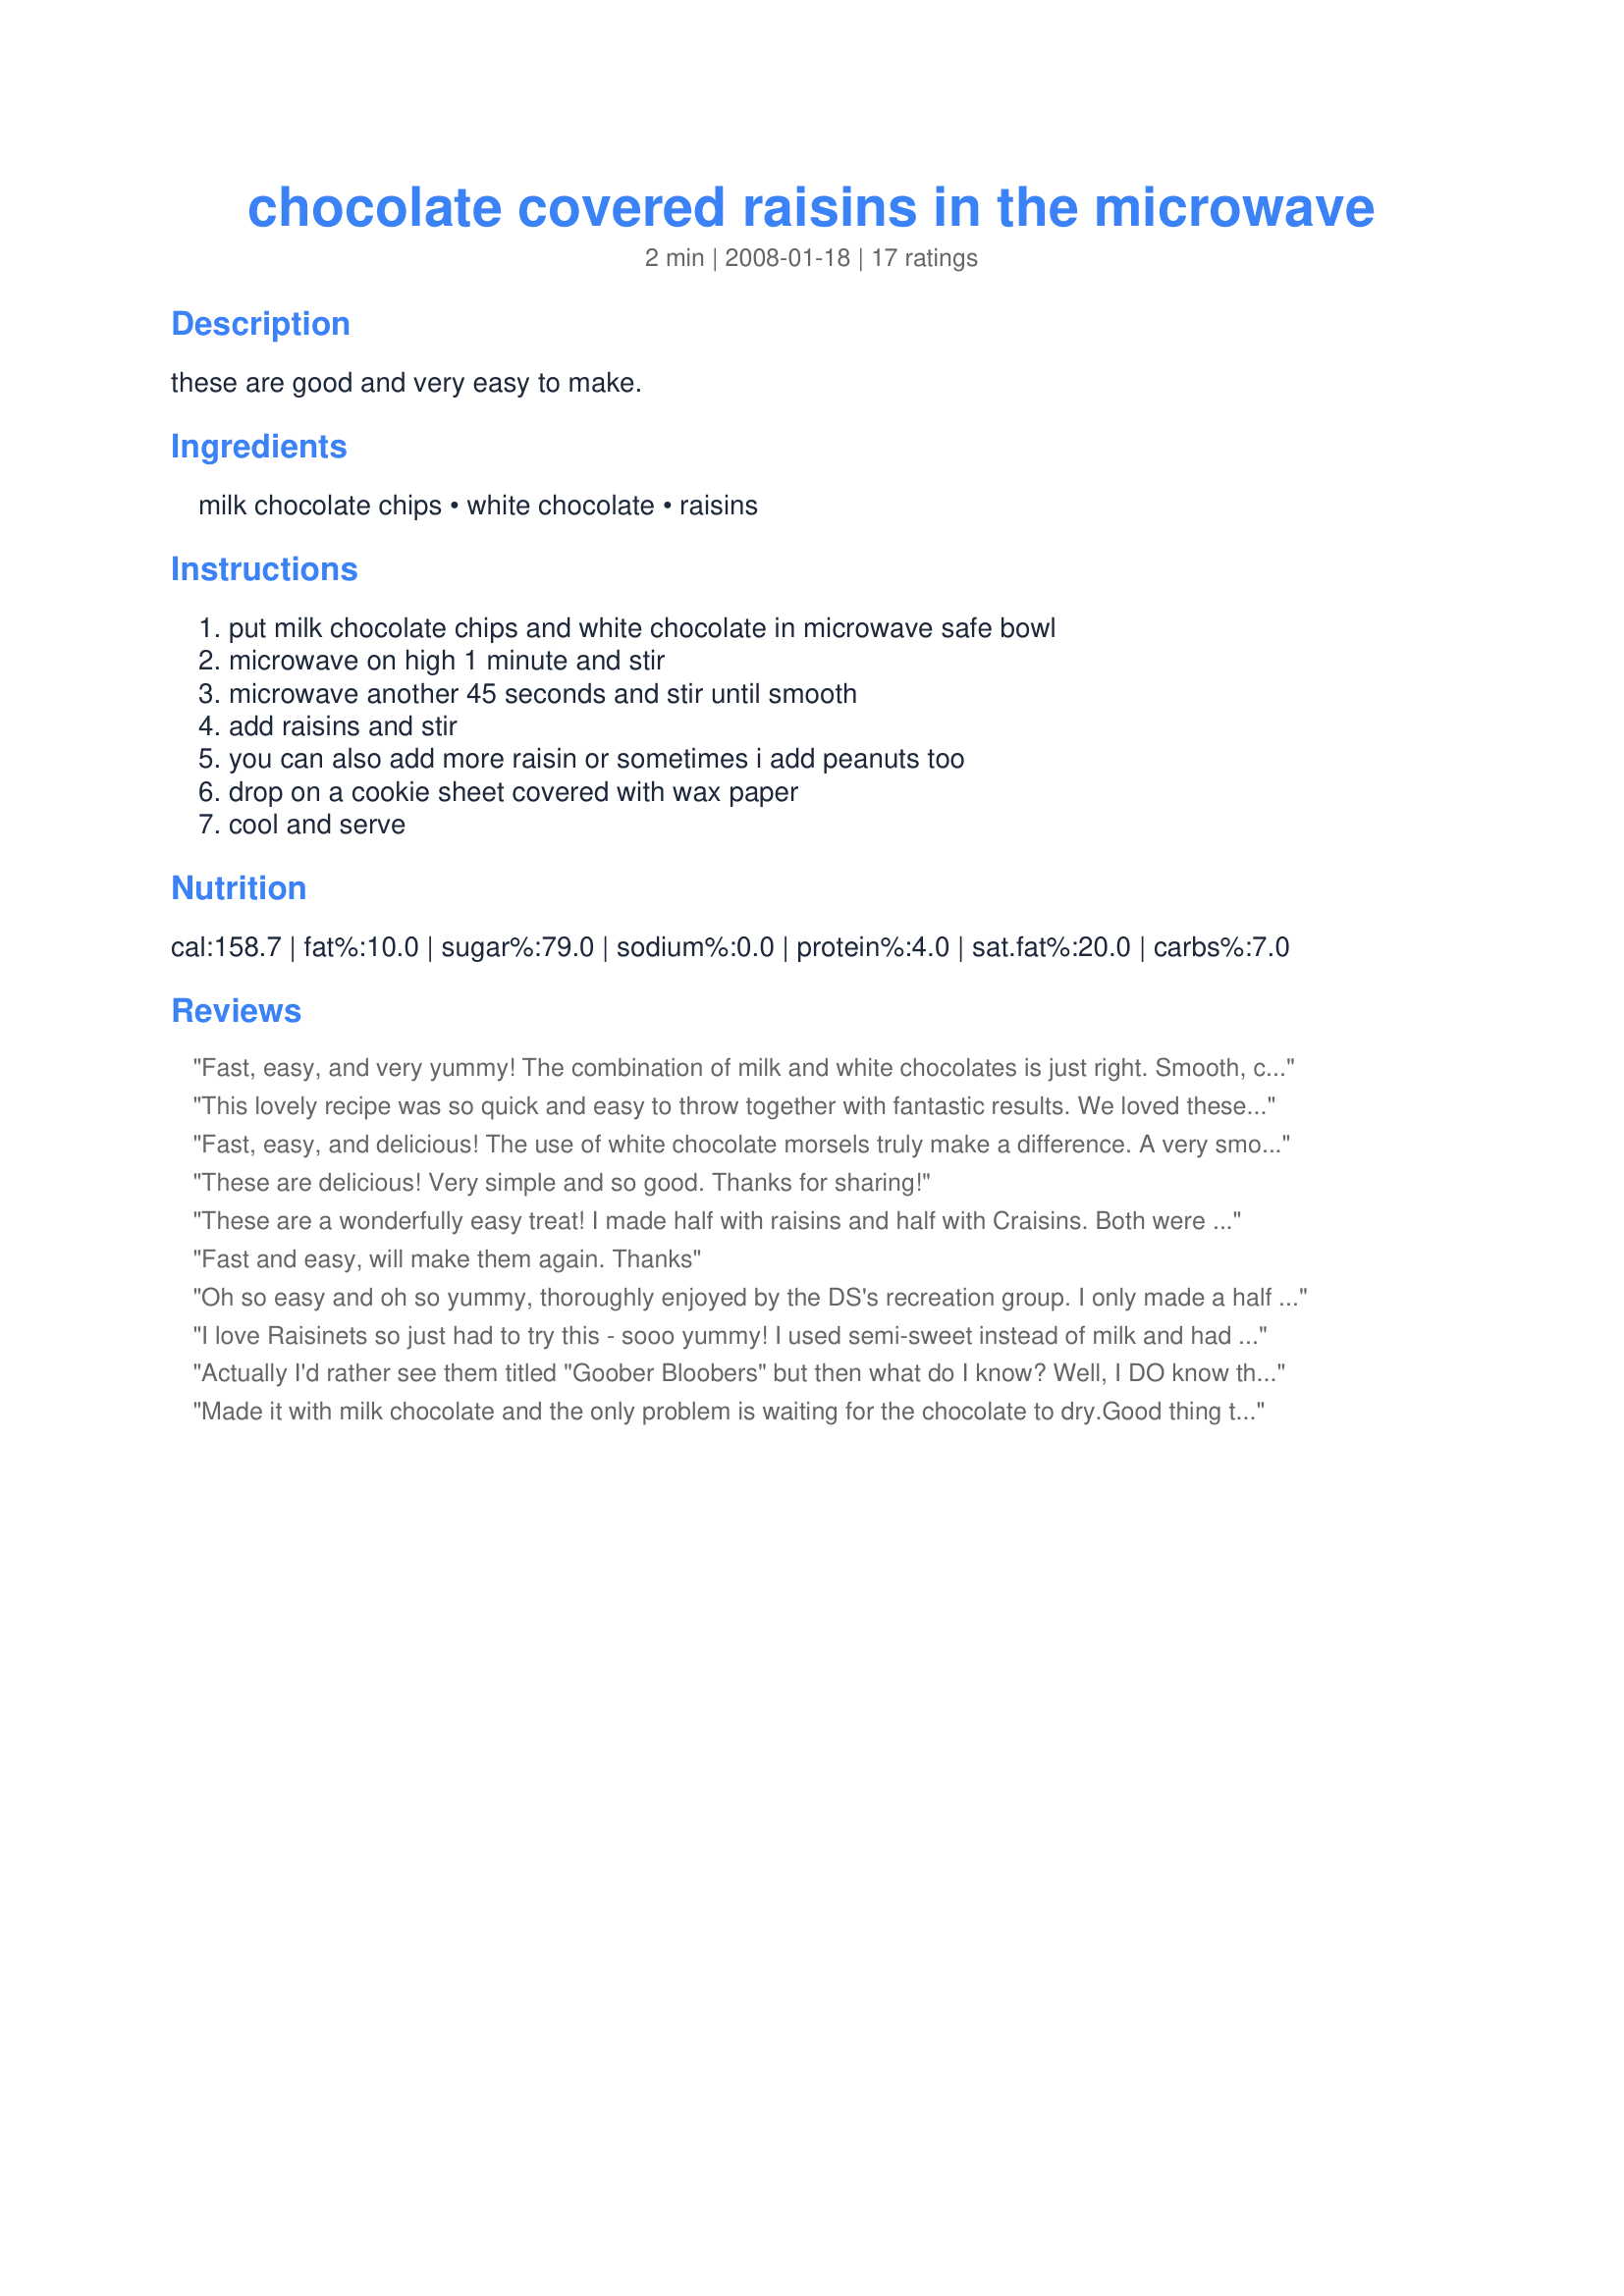
chocolate covered raisins in the microwave
Preparation time: 2 minutes

these are good and very easy to make.

Ingredients:
milk chocolate chips, white chocolate, raisins

Steps:
put milk chocolate chips and white chocolate in microwave safe bowl, microwave on high 1 minute and stir, microwave another 45 seconds and stir until smooth, add raisins and stir, you can also add more raisin or sometimes i add peanuts too, drop on a cookie sheet covered with wax paper, cool and serve

Reviews:
Fast, easy, and very yummy! The combination of milk and white chocolates is just right. Smooth, creamy, and with fresh, plump raisins, about a million times better than Raisinets. My 6 year-old went nuts for these. Thanks for sharing the recipe!
This lovely recipe was so quick and easy to throw together with fantastic results. We loved these delicious chocolate clusters of raisins. I used a variety of raisins and good quality white and milk chocolate chips. I made 12 large clusters, they were very yummy. Thanks for sharing this treat.
Fast, easy, and delicious! The use of white chocolate morsels truly make a difference. A very smooth and creamy snack.
These are delicious! Very simple and so good. Thanks for sharing!
These are a wonderfully easy treat! I made half with raisins and half with Craisins. Both were delicious. Thanks so much for posting.
Fast and easy, will make them again. Thanks
Oh so easy and oh so yummy, thoroughly enjoyed by the DS's recreation group. I only made a half batch and got 12. I think this would be very versatile and other dried fruits and nuts could easily be used. Great with a cup of tea or coffee. Thank you bmcnichol, made for ZAAR Stars Game.
I love Raisinets so just had to try this - sooo yummy! I used semi-sweet instead of milk and had a little over 9 oz raisins. I used my cookie scoop to dish these out which made them even easier. Thanks for posting this superior alternative to purchased Raisinets!
Actually I'd rather see them titled "Goober Bloobers" but then what do I know? Well, I DO know that these are very tasty buggers, even if they do tend NOT to be individuals! An absolutely great treat for those of us chocoholics who LOVE raisins! [Tagged, made & reviewed in Please Review My Recipe cooking game]
Made it with milk chocolate and the only problem is waiting for the chocolate to dry.Good thing that I was busy doing other stuff so I didn't touch them. Can't wait to make some Raisinettes
Easy and quick with great results! I added a handful of roasted cashew nuts. Thanks!
These get a 5 from DH (whom they were made for). I used all of the white chocolate a few days ago so I dipped into my dark stash. I made as directed and the mix looked perfect then I decided on the spur of the moment to add in some coconut because DH adores it and with it's addition the texture suddenly went all grainy so I'm not recommending that you add it if you want a nice looking chocolate.
5 Stars! Easy and satisfying. Sugar rush delight, should portion carefully. Used Ghiradelli Double Chocolate Dipping & Candy-Making chocolate (because DH decided it wasn't snackable by itself) and Ghiradelli White Chocolate. Output reminded me of peanut brittle, only with chocolate and raisins. My "inner Child" begged to coat a caramel square with this mixture. Gave careful instructions to DH not to eat the entire batch at one time. Made for Please Review My Recipe tag.
WOW! So easy, so quick and sooo tasty! I dont think Ill ever buy chococlate covered raisins again. These are so much better as they have no preservatives or other nasty things added. :)<br/>THANK YOU SO MUCH for sharing this superb treat with us, bmcnichol!<br/>Made and reviewed on recommendation of Im Pat February 2011.
These were so delicious!! To be honest, only about half of them made it to the firm/set stage.. I devoured the other half with wet or semi-wet chocolate. Added a few peanuts also, sooooo good! Mine didn't really turn out as individual raisins, they were sort of like Goober-blobs, but phenomenal nonetheless. Next time I will try with fresher raisins, mine were somewhat stale/dry.
I'm not a big chocolate person, but DH gave this 5 stars. And this is a perfect treat to send with DD who goes to a peanut free school. I am going to take your suggestion on trying it with peanuts next time. The mix of white and milk chocolate proved very creamy
Followed exactly, tend to do that at least the first time I try a new recipe. These were delish! Quick and easy to make. I am going to freeze most of them, trying to cut down on sweets for the new year!!
